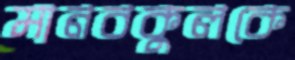
মানবকুলকে